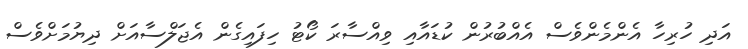
އަދި ހުރިހާ އެންމެންވެސް އެއްބުރުން ކުޑައާއި ވިއްސާރަ ކޯޓު ހިފައިގެން އެޖަލްސާއަށް ދިޔުމަށްވެސް